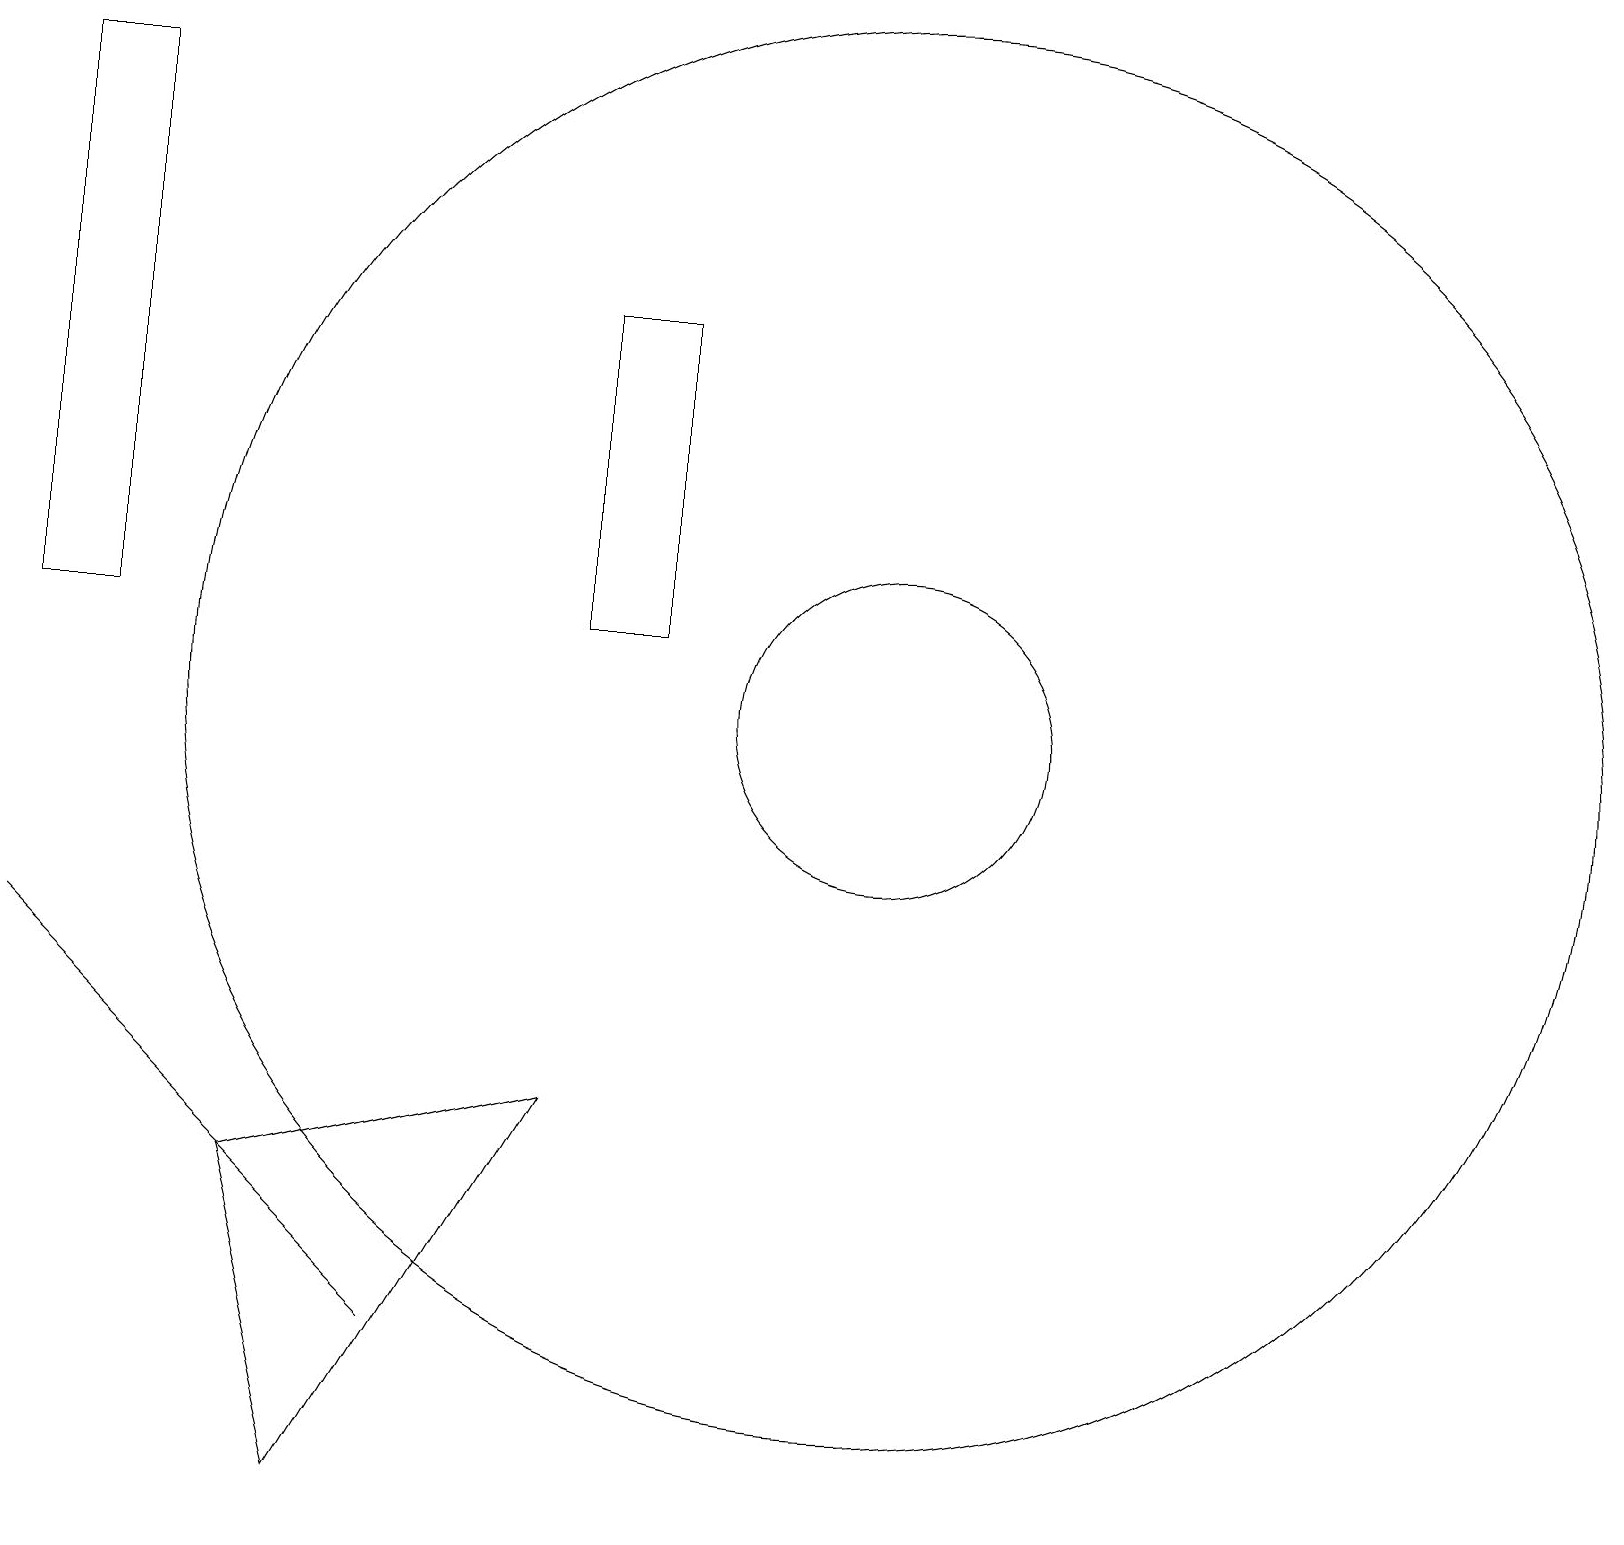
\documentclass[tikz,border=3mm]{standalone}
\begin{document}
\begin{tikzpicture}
\draw (7,16) rectangle (8,12);
\draw (0,8) -- (3,5) -- (5,3) -- cycle;
\draw (11,11) circle (9);
\draw (11,11) circle (2);
\draw (4,1) -- (3,5) -- (7,6) -- cycle;
\draw (1,12) rectangle (0,19);
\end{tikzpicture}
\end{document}